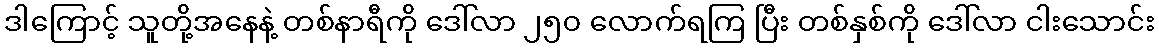
ဒါကြောင့် သူတို့အနေနဲ့ တစ်နာရီကို ဒေါ်လာ ၂၅၀ လောက်ရကြ ပြီး တစ်နှစ်ကို ဒေါ်လာ ငါးသောင်း